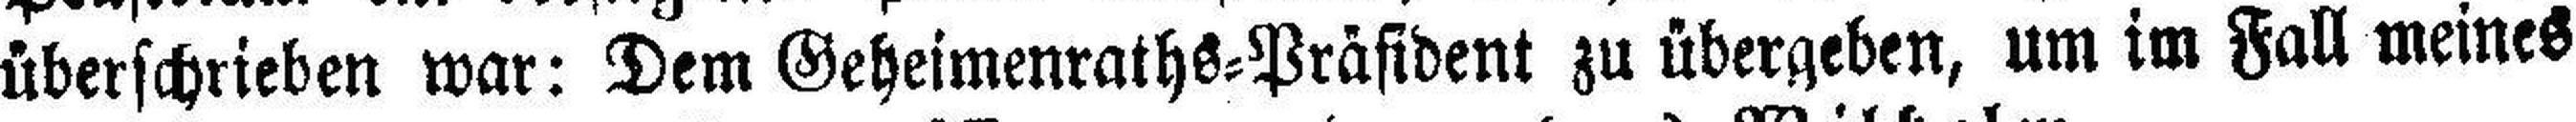
überschrieben war: Dem Geheimenraths=Präsident zu übergeben, um im Fall meines